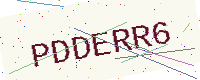
Text: PDDERR6